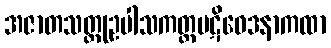
အဇာတသတ္တုဥပါသကတ္တပဋိဝေဒနာကထာ